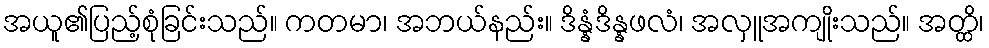
အယူ၏ပြည့်စုံခြင်းသည်။ ကတမာ၊ အဘယ်နည်း။ ဒိန္နံဒိန္နဖလံ၊ အလှူအကျိုးသည်။ အတ္ထိ၊